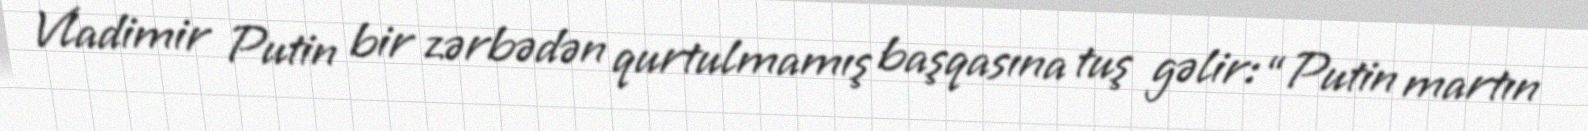
Vladimir Putin bir zərbədən qurtulmamış başqasına tuş gəlir: “Putin martın